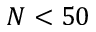
N < 5 0